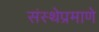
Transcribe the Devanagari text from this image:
संस्थेप्रमाणे